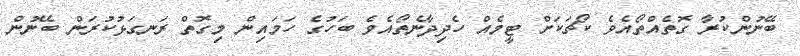
ބޭނުންކުރާ ގޮތެއްތޯއެވެ ކޯޗަކަށް ޓީމެއް ހެދިދާނެތޯއެވެ ބަހުގެ ހަމައިން މިގޮތް ރަނގަޅުކުރަން ބޭނުން